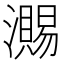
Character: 瀃